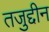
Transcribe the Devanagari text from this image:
तजुद्दीन